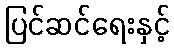
ပြင်ဆင်ရေးနှင့်